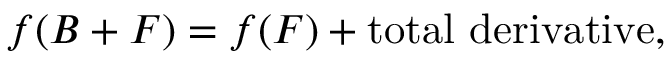
f ( B + F ) = f ( F ) + \mathrm { t o t a l ~ d e r i v a t i v e } ,